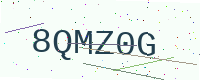
Text: 8QMZ0G